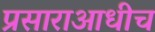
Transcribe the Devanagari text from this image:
प्रसाराआधीच